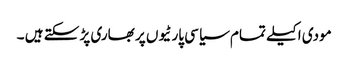
مودی اکیلے تمام سیاسی پارٹیوں پر بھاری پڑ سکتے ہیں ۔